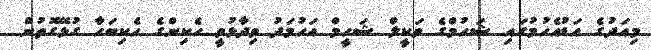
މިއަދުގެ އަޑުއެހުމުގައި ޝަހުމްގެ ވަކީލް ޝަހީމް އަހުމަދު ވިދާޅުވީ ހެކިންގެ ހެކިބަހާ ގުޅޭގޮތުން